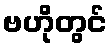
ဗဟိုတွင်